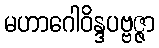
မဟာဂေါဝိန္ဒပဗ္ဗဇ္ဇာ